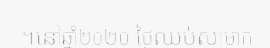
។នៅឆ្នាំ២០២០ ថ្ងៃឈប់សម្រាក